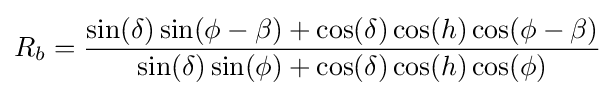
R_{b}={\frac {\sin(\delta )\sin(\phi -\beta )+\cos(\delta )\cos(h)\cos(\phi -\beta )}{\sin(\delta )\sin(\phi )+\cos(\delta )\cos(h)\cos(\phi )}}